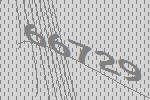
66729